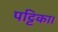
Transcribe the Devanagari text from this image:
पट्टिका।